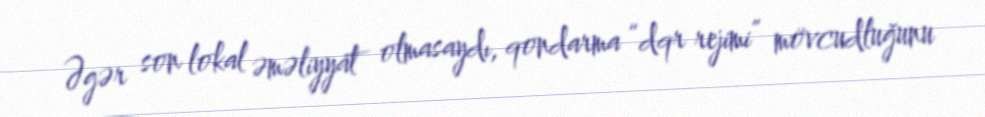
Əgər son lokal əməliyyat olmasaydı, qondarma “dqr rejimi” mövcudluğunu